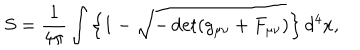
LaTeX: S = \frac { 1 } { 4 \pi } \int \left\{ 1 - \sqrt { - \det ( g _ { \mu \nu } + F _ { \mu \nu } ) } \right\} d ^ { 4 } x ,